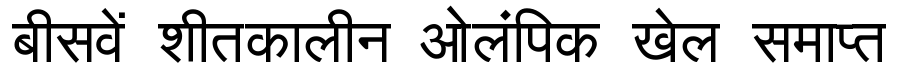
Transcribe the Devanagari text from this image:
बीसवें शीतकालीन ओलंपिक खेल समाप्त